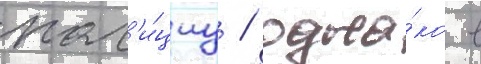
пол'и́циу / одна́ко в